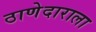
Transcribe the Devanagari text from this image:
ठाणेदाराला